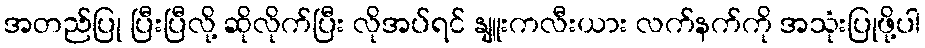
အတည်ပြု ပြီးပြီလို့ ဆိုလိုက်ပြီး လိုအပ်ရင် နျူးကလီးယား လက်နက်ကို အသုံးပြုဖို့ပါ